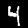
Label: 4